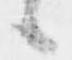
候